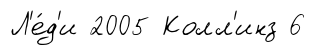
Л'е́д'и 2005 Колл'инз 6